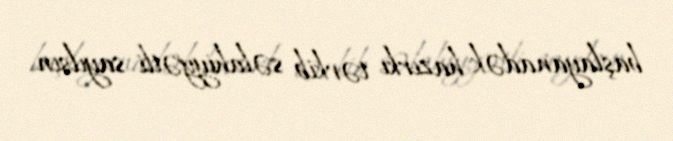
başlayanadək hazırkı tərkib səlahiyyətli sayılsın.